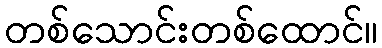
တစ်သောင်းတစ်ထောင်။